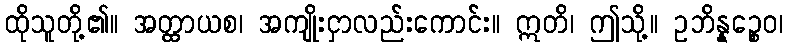
ထိုသူတို့၏။ အတ္ထာယစ၊ အကျိုးငှာလည်းကောင်း။ ဣတိ၊ ဤသို့။ ဥဘိန္နဉ္စေဝ၊